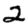
Digit: 2